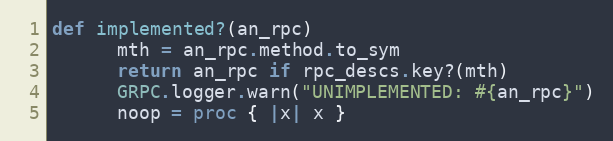
Language: Ruby
def implemented?(an_rpc)
      mth = an_rpc.method.to_sym
      return an_rpc if rpc_descs.key?(mth)
      GRPC.logger.warn("UNIMPLEMENTED: #{an_rpc}")
      noop = proc { |x| x }